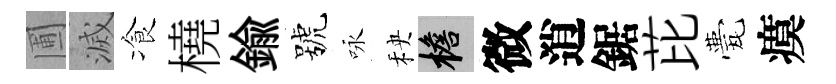
圃滅飡橈鍮號咏秧檐微逍鋸芘甍瘼